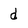
Character: d